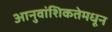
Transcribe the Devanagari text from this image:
आनुवांशिकतेमधून